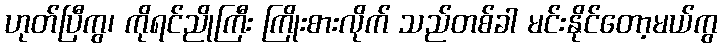
ဟုတ်ပြီကွ၊ ကိုရင်ညိုကြီး ကြိုးစားလိုက် သည်တစ်ခါ မင်းနိုင်တော့မယ်ကွ